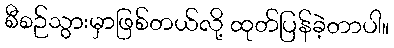
စီစဉ်သွားမှာဖြစ်တယ်လို့ ထုတ်ပြန်ခဲ့တာပါ။